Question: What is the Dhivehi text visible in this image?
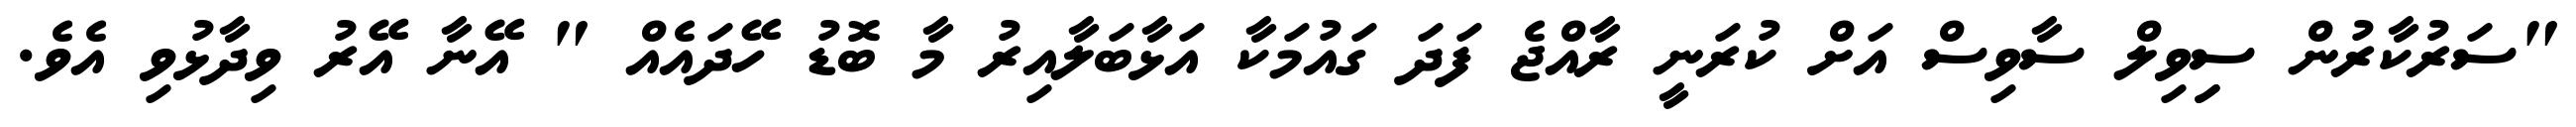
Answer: "ސަރުކާރުން ސިިވިލް ސާވިސް އަށް ކުރަނީ ރާއްޖެ ފަދަ ގައުމަކާ އަޅާބަލާއިރު މާ ބޮޑު ހޭދައެއް " އޭނާ އޭރު ވިދާޅުވި އެވެ.